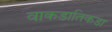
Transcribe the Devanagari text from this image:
वाकडातिकडा